Calcutta medical institutions reports 1879-81 [i.e.91]
Year: 1879
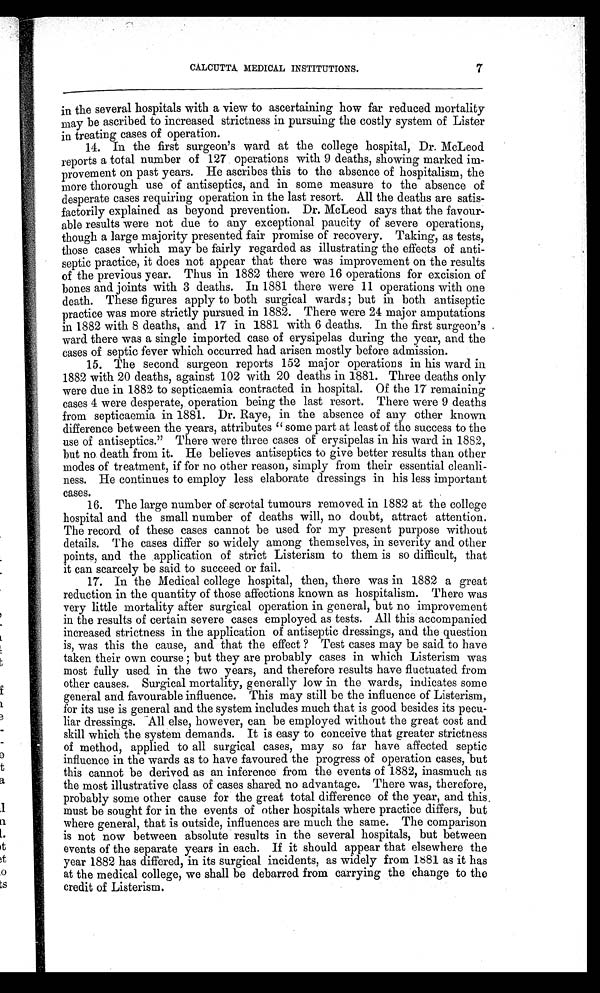
CALCUTTA MEDICAL INSTITUTIONS.
7
in the several hospitals with a view to ascertaining how far reduced mortality
may be ascribed to increased strictness in pursuing the costly system of Lister
in treating cases of operation.
14. In the first surgeon's ward at the college hospital, Dr. McLeod
reports a total number of 127 operations with 9 deaths, showing marked im-
provement on past years. He ascribes this to the absence of hospitalism, the
more thorough use of antiseptics, and in some measure to the absence of
desperate cases requiring operation in the last resort. All the deaths are satis-
factorily explained as beyond prevention. Dr. McLeod says that the favour-
able results were not due to any exceptional paucity of severe operations,
though a large majority presented fair promise of recovery. Taking, as tests,
those cases which may be fairly regarded as illustrating the effects of anti-
septic practice, it does not appear that there was improvement on the results
of the previous year. Thus in 1882 there were 16 operations for excision of
bones and joints with 3 deaths. In 1881 there were 11 operations with one
death. These figures apply to both surgical wards; but in both antiseptic
practice was more strictly pursued in 1882. There were 24 major amputations
in 1882 with 8 deaths, and 17 in 1881 with 6 deaths. In the first surgeon's
ward there was a single imported case of erysipelas during the year, and the
cases of septic fever which occurred had arisen mostly before admission.
15. The second surgeon reports 152 major operations in his ward in
1882 with 20 deaths, against 102 with 20 deaths in 1881. Three deaths only
were due in 1882 to septicaemia contracted in hospital. Of the 17 remaining
cases 4 were desperate, operation being the last resort. There were 9 deaths
from septicaemia in 1881. Dr. Raye, in the absence of any other known
difference between the years, attributes "some part at least of the success to the
use of antiseptics." There were three cases of erysipelas in his ward in 1882,
but no death from it. He believes antiseptics to give better results than other
modes of treatment, if for no other reason, simply from their essential cleanli-
ness. He continues to employ less elaborate dressings in his less important
cases.
16. The large number of scrotal tumours removed in 1882 at the college
hospital and the small number of deaths will, no doubt, attract attention.
The record of these cases cannot be used for my present purpose without
details. The cases differ so widely among themselves, in severity and other
points, and the application of strict Listerism to them is so difficult, that
it can scarcely be said to succeed or fail.
17. In the Medical college hospital, then, there was in 1882 a great
reduction in the quantity of those affections known as hospitalism. There was
very little mortality after surgical operation in general, but no improvement
in the results of certain severe cases employed as tests. All this accompanied
increased strictness in the application of antiseptic dressings, and the question
is, was this the cause, and that the effect ? Test cases may be said to have
t aken t hei r own cour se; but t hey ar e pr obabl y cases i n whi ch Li st er i sm was
most fully used in the two years, and therefore results have fluctuated from
other causes. Surgical mortality, generally low in the wards, indicates some
general and favourable influence. This may still be the influence of Listerism,
for its use is general and the system includes much that is good besides its pecu-
liar dressings. All else, however, can be employed without the great cost and
skill which the system demands. It is easy to conceive that greater strictness
of method, applied to all surgical cases, may so far have affected septic
influence in the wards as to have favoured the progress of operation cases, but
this cannot be derived as an inference from the events of 1882, inasmuch as
the most illustrative class of cases shared no advantage. There was, therefore,
probably some other cause for the great total difference of the year, and this
must be sought for in the events of other hospitals where practice differs, but
where general, that is outside, influences are much the same. The comparison
is not now between absolute results in the several hospitals, but between
events of the separate years in each. If it should appear that elsewhere the
year 1882 has differed, in its surgical incidents, as widely from 1881 as it has
at the medical college, we shall be debarred from carrying the change to the
credit of Listerism.